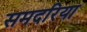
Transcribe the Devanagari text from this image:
समदरिया